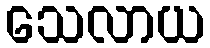
သေလာယ